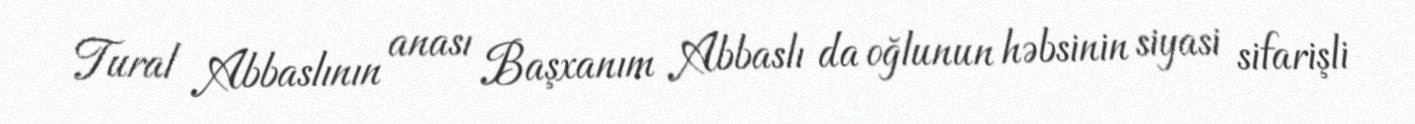
Tural Abbaslının anası Başxanım Abbaslı da oğlunun həbsinin siyasi sifarişli